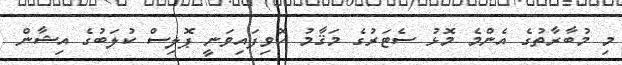
މި މުބާރާތުގެ އެންމެ މޮޅު ސެޓަރުގެ މަޤާމު ހޮވިފައިވަނީ ޕޮލިސް ކުލަބުގެ އިޝާން